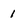
Character: 1